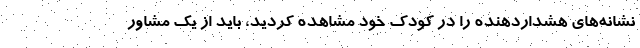
نشانه‌های هشداردهنده را در کودک خود مشاهده کردید، باید از یک مشاور